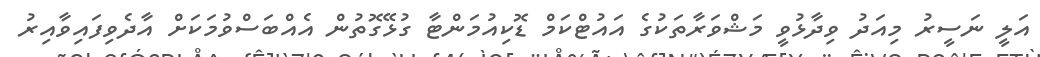
އަލީ ނަސީރު މިއަދު ވިދާޅުވީ މަޝްވަރާތަކުގެ އައުޓްކަމް ޑޮކިއުމަންޓާ ގުޅޭގޮތުން އެއްބަސްވުމަކަށް އާދެވިފައިވާއިރު